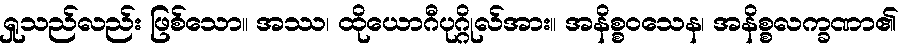
ရှုသည်လည်း ဖြစ်သော။ အဿ၊ ထိုယောဂီပုဂ္ဂိုလ်အား။ အနိစ္စဝသေန၊ အနိစ္စလက္ခဏာ၏